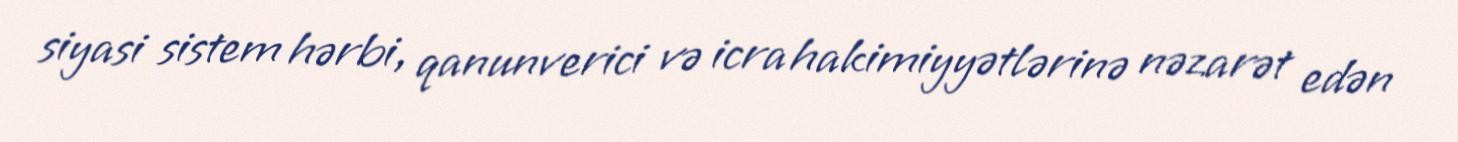
siyasi sistem hərbi, qanunverici və icra hakimiyyətlərinə nəzarət edən